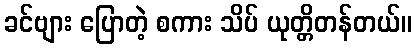
ခင်ဗျား ပြောတဲ့ စကား သိပ် ယုတ္တိတန်တယ်။